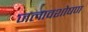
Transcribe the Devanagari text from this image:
जलावशोषण